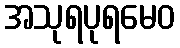
အသုရပုရမေဝ